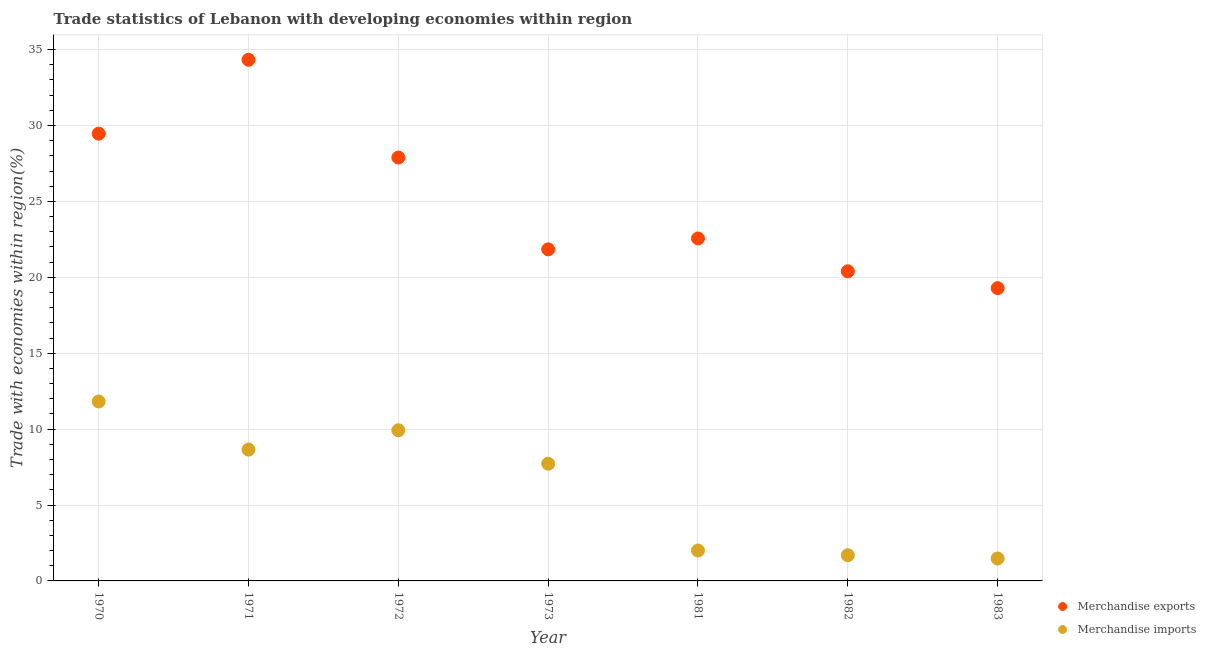
| Year | Merchandise exports | Merchandise imports |
 | --- | --- | --- |
 | 1970 | 29.5 | 11.8 |
 | 1971 | 34.3 | 8.65 |
 | 1972 | 27.9 | 9.93 |
 | 1973 | 21.8 | 7.72 |
 | 1981 | 22.6 | 2 |
 | 1982 | 20.4 | 1.69 |
 | 1983 | 19.3 | 1.48 |